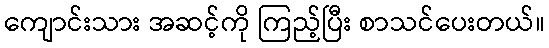
ကျောင်းသား အဆင့်ကို ကြည့်ပြီး စာသင်ပေးတယ်။